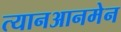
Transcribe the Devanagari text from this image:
त्यानआनमेन